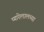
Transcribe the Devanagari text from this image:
प्यारेलालच्या